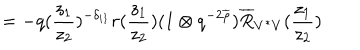
LaTeX: \hspace { . 7 4 5 i n } = - q ( \frac { z _ { 1 } } { z _ { 2 } } ) ^ { - \delta _ { i 1 } } r ( \frac { z _ { 1 } } { z _ { 2 } } ) ( 1 \otimes q ^ { - 2 \overline { { { \rho } } } } ) \overline { { { R } } } _ { V ^ { * } V } ( \frac { z _ { 1 } } { z _ { 2 } } )